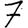
Digit: 7